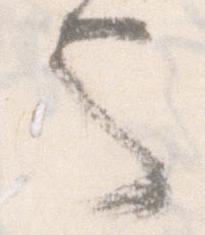
也